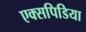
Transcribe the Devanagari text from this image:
एक्सपिडिया